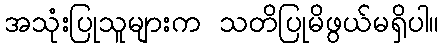
အသုံးပြုသူများက သတိပြုမိဖွယ်မရှိပါ။